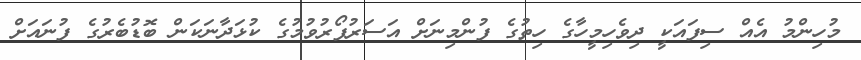
މުހިންމު އެއް ސިފައަކީ ދިވެހިމީހާގެ ހިތުގެ ފުންމިނަށް އަސަރުފޯރުވުމުގެ ކުޅަދާނަކަން ބޮޑުބެރުގެ ފުނައަށް